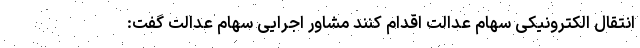
انتقال الکترونیکی سهام عدالت اقدام کنند مشاور اجرایی سهام عدالت گفت: